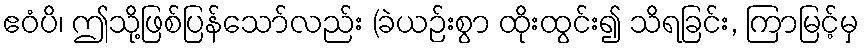
ဧဝံပိ၊ ဤသို့ဖြစ်ပြန်သော်လည်း (ခဲယဉ်းစွာ ထိုးထွင်း၍ သိရခြင်း, ကြာမြင့်မှ